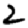
Digit: 2